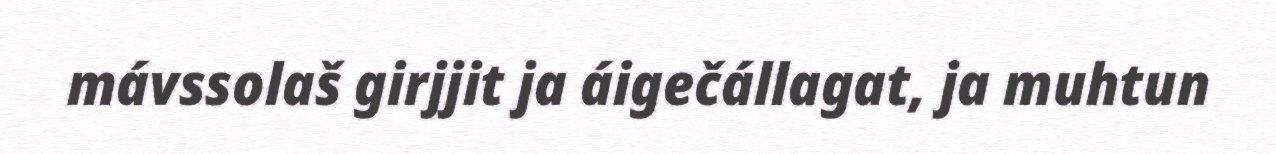
mávssolaš girjjit ja áigečállagat, ja muhtun